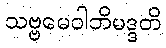
သဗ္ဗမေဝါဘိမဒ္ဒတိ